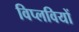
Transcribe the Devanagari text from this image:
विप्लवियों